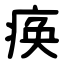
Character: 痪